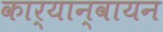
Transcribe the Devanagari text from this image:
कार्यान्वायन